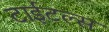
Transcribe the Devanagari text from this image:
टाईटल्स